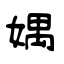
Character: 媀